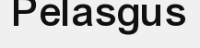
Pelasgus